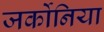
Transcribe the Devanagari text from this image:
जर्कोनिया